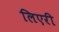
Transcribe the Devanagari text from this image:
लिएरी